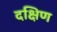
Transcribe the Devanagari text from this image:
दक्षिण्‍ा